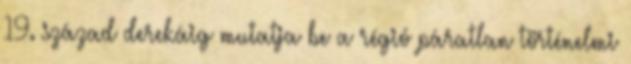
19. század derekáig mutatja be a régió páratlan történelmi